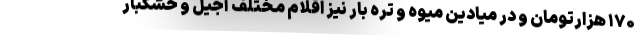
۱۷۰ هزارتومان و در میادین میوه و تره بار نیز اقلام مختلف آجیل و خشکبار